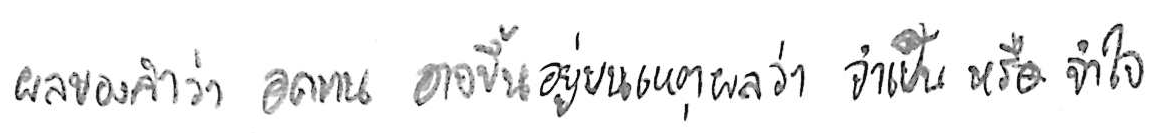
ผลของคำว่า อดทน อาจขึ้นอยู่บนเหตุผลว่า จำเป็น หรือ จำใจ